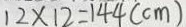
1 2 \times 1 2 = 1 4 4 ( c m )